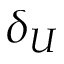
\delta _ { U }